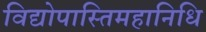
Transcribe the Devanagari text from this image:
विद्योपास्तिमहानिधि